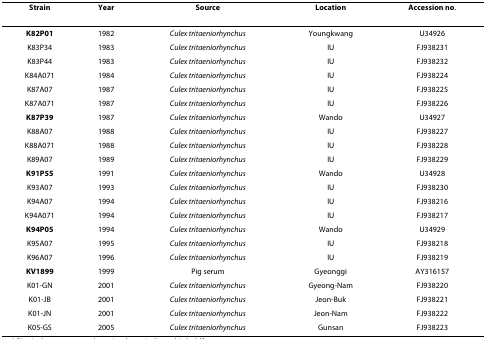
<table><thead><tr><td><b>Strain</b></td><td><b>Year</b></td><td><b>Source</b></td><td><b>Location</b></td><td><b>Accession no.</b></td></tr></thead><tbody><tr><td><b>K82P01</b></td><td>1982</td><td><i>Culex tritaeniorhynchus</i></td><td>Youngkwang</td><td>U34926</td></tr><tr><td>K83P34</td><td>1983</td><td><i>Culex tritaeniorhynchus</i></td><td>IU</td><td>FJ938231</td></tr><tr><td>K83P44</td><td>1983</td><td><i>Culex tritaeniorhynchus</i></td><td>IU</td><td>FJ938232</td></tr><tr><td>K84A071</td><td>1984</td><td><i>Culex tritaeniorhynchus</i></td><td>IU</td><td>FJ938224</td></tr><tr><td>K87A07</td><td>1987</td><td><i>Culex tritaeniorhynchus</i></td><td>IU</td><td>FJ938225</td></tr><tr><td>K87A071</td><td>1987</td><td><i>Culex tritaeniorhynchus</i></td><td>IU</td><td>FJ938226</td></tr><tr><td><b>K87P39</b></td><td>1987</td><td><i>Culex tritaeniorhynchus</i></td><td>Wando</td><td>U34927</td></tr><tr><td>K88A07</td><td>1988</td><td><i>Culex tritaeniorhynchus</i></td><td>IU</td><td>FJ938227</td></tr><tr><td>K88A071</td><td>1988</td><td><i>Culex tritaeniorhynchus</i></td><td>IU</td><td>FJ938228</td></tr><tr><td>K89A07</td><td>1989</td><td><i>Culex tritaeniorhynchus</i></td><td>IU</td><td>FJ938229</td></tr><tr><td><b>K91P55</b></td><td>1991</td><td><i>Culex tritaeniorhynchus</i></td><td>Wando</td><td>U34928</td></tr><tr><td>K93A07</td><td>1993</td><td><i>Culex tritaeniorhynchus</i></td><td>IU</td><td>FJ938230</td></tr><tr><td>K94A07</td><td>1994</td><td><i>Culex tritaeniorhynchus</i></td><td>IU</td><td>FJ938216</td></tr><tr><td>K94A071</td><td>1994</td><td><i>Culex tritaeniorhynchus</i></td><td>IU</td><td>FJ938217</td></tr><tr><td><b>K94P05</b></td><td>1994</td><td><i>Culex tritaeniorhynchus</i></td><td>Wando</td><td>U34929</td></tr><tr><td>K95A07</td><td>1995</td><td><i>Culex tritaeniorhynchus</i></td><td>IU</td><td>FJ938218</td></tr><tr><td>K96A07</td><td>1996</td><td><i>Culex tritaeniorhynchus</i></td><td>IU</td><td>FJ938219</td></tr><tr><td><b>KV1899</b></td><td>1999</td><td>Pig serum</td><td>Gyeonggi</td><td>AY316157</td></tr><tr><td>K01-GN</td><td>2001</td><td><i>Culex tritaeniorhynchus</i></td><td>Gyeong-Nam</td><td>FJ938220</td></tr><tr><td>K01-JB</td><td>2001</td><td><i>Culex tritaeniorhynchus</i></td><td>Jeon-Buk</td><td>FJ938221</td></tr><tr><td>K01-JN</td><td>2001</td><td><i>Culex tritaeniorhynchus</i></td><td>Jeon-Nam</td><td>FJ938222</td></tr><tr><td>K05-GS</td><td>2005</td><td><i>Culex tritaeniorhynchus</i></td><td>Gunsan</td><td>FJ938223</td></tr></tbody></table>